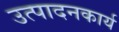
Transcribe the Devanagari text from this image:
उत्पादनकार्य